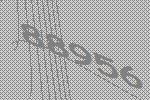
88956